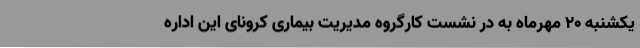
یکشنبه 20 مهرماه به در نشست کارگروه مدیریت بیماری کرونای این اداره